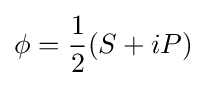
\phi ={\frac {1}{2}}(S+iP)